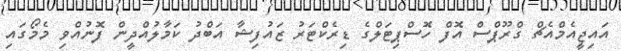
އައިޖީއެމްއެޗް ގްރޫޕްސް އޮފް ހޮސްޕިޓަލްގެ ޑިރެކްޓަރު ޒައުފިޝާ އަބްދު ކަމާލުއްދީން ފޮނުއްވި މެމޯގައި